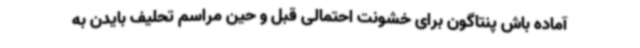
آماده باش پنتاگون برای خشونت احتمالی قبل و حین مراسم تحلیف بایدن به